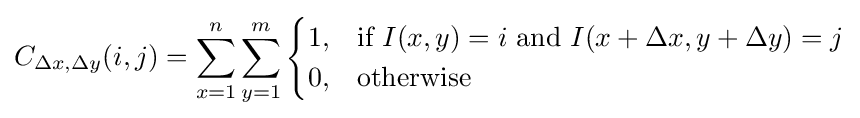
C_{\Delta x,\Delta y}(i,j)=\sum _{x=1}^{n}\sum _{y=1}^{m}{\begin{cases}1,&{\text{if }}I(x,y)=i{\text{ and }}I(x+\Delta x,y+\Delta y)=j\\0,&{\text{otherwise}}\end{cases}}